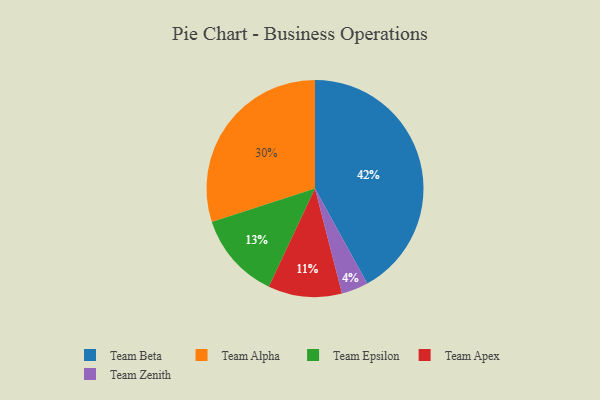
{"axis": {"x": "Category", "y": "Percentage"}, "legend": ["Team Alpha", "Team Apex", "Team Beta", "Team Epsilon", "Team Zenith"], "data": [{"x": "Team Zenith", "y": 4, "type": "Team Zenith"}, {"x": "Team Alpha", "y": 30, "type": "Team Alpha"}, {"x": "Team Epsilon", "y": 13, "type": "Team Epsilon"}, {"x": "Team Beta", "y": 42, "type": "Team Beta"}, {"x": "Team Apex", "y": 11, "type": "Team Apex"}]}